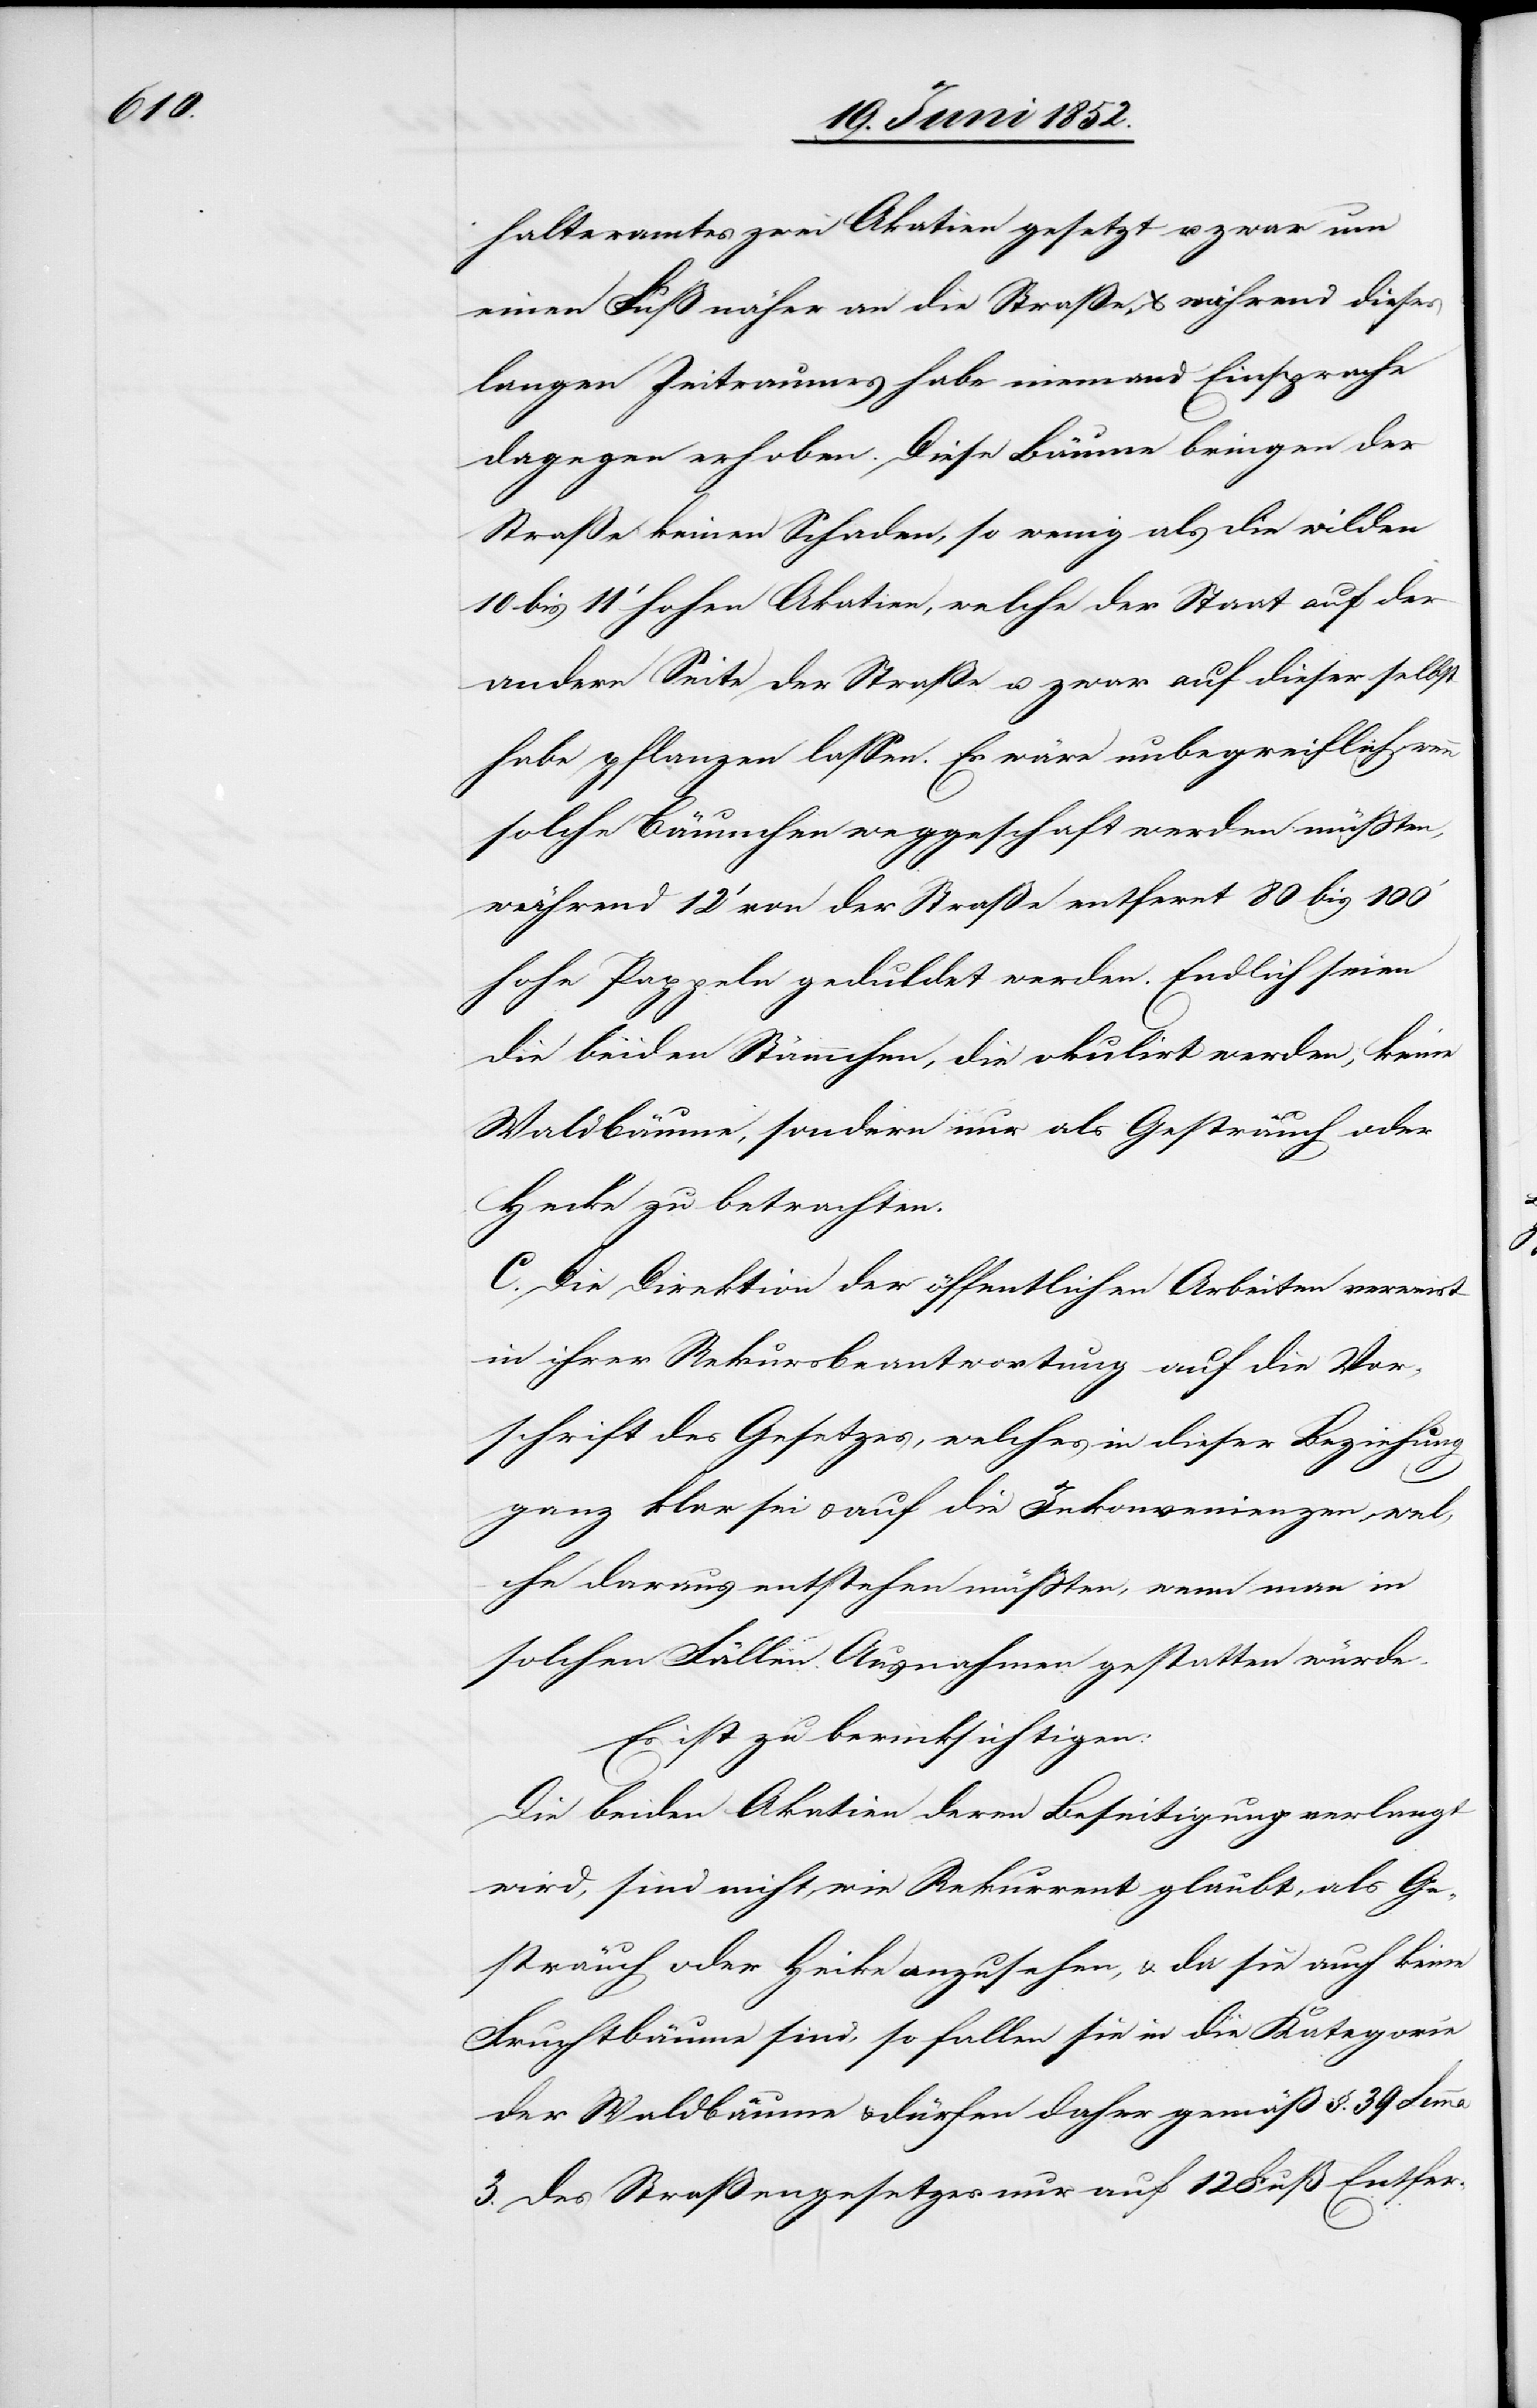
halteramtes zwei Akatien gesetzt u. zwar um
einen Fuß näher an die Straße, & während dieses
langen Zeitraumes habe niemand Einsprache
dagegen erhoben. Diese Bäume bringen der
Straße keinen Schaden, so wenig als die wilden
10 bis 11‘ hohen Akatien, welche der Staat auf der
andern Seite der Straße u. zwar auf dieser selbst
habe pflanzen lassen. Es wäre unbegreiflich, wenn
solche Bäumchen weggeschaf[f]t werden müssten,
während 12‘ von der Straße entfernt 80 bis 100‘
hohe Pappeln geduldet werden. Endlich seien
die beiden Stämmchen, die okulirt werden, keine
Waldbäume, sondern nur als Gesträuch oder
Hecke zu betrachten.
C. Die Direktion der öffentlichen Arbeiten verweist
in ihrer Rekursbeantwortung auf die Vor¬
schrift des Gesetzes, welches in dieser Beziehung
ganz klar sei & auf die Inkonvenienzen, wel¬
che daraus entstehen müßten, wenn man in
solchen Fällen Ausnahmen gestatten würde.
Es ist zu berücksichtigen:
Die beiden Akatien deren Beseitigung verlangt
wird, sind nicht, wie Rekurrent glaubt, als Ge¬
sträuch oder Hecke anzusehen, & da sie auch keine
Fruchtbäume sind, so fallen sie in die Kategorie
der Waldbäume & dürfen daher gemäß §. 39 Lemma
3. des Straßengesetzes nur auf 12 Fuß Entfer-